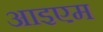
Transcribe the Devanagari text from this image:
आइएम